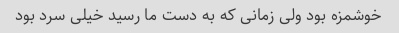
خوشمزه بود ولی زمانی که به دست ما رسید خیلی سرد بود